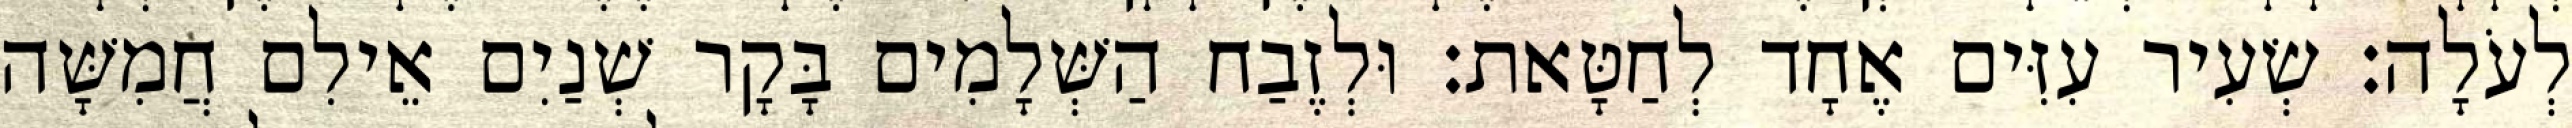
לְעֹלָה׃ שְׂעִיר עִזִּים אֶחָד לְחַטָּאת׃ וּלְזֶבַח הַשְּׁלָמִים בָּקָר שְׁנַיִם אֵילִם חֲמִשָּׁה